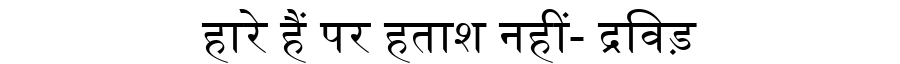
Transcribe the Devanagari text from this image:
हारे हैं पर हताश नहीं- द्रविड़